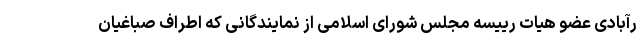
رآبادی عضو هیات رییسه مجلس شورای اسلامی از نمایندگانی که اطراف صباغیان